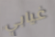
غيابي